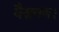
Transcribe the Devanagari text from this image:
वैश्रवण।